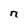
Character: n